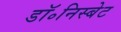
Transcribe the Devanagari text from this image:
डॉ॰निस्बेट